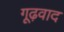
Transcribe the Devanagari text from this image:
गूढ़वाद